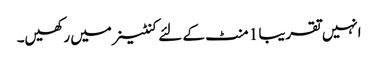
انہیں تقریبا 1 منٹ کے لئے کنٹینر میں رکھیں۔